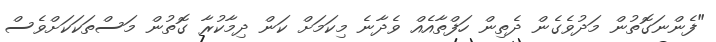
"ފެންނަގޮތުން މަދުވެގެން ދެތިން ހަފްތާއެއް ވެދާނެ މިކަމަށް ކަން ދިމާކުރާ ގޮތުން މަސްތަކަކަށްވެސް